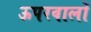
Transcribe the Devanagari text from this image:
ऊपरवालों